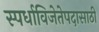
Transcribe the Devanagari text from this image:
स्पर्धाविजेतेपदासाठी